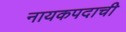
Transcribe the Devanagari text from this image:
नायकपदाची